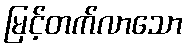
မြင့်တက်လာသော